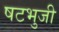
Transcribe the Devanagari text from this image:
षटभुजी